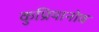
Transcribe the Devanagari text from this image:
कुप्रियानोव